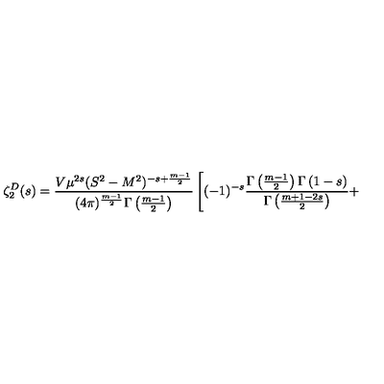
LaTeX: \zeta _ { 2 } ^ { D } ( s ) = \frac { V \mu ^ { 2 s } ( S ^ { 2 } - M ^ { 2 } ) ^ { - s + \frac { m - 1 } { 2 } } } { ( 4 \pi ) ^ { \frac { m - 1 } { 2 } } \Gamma \left( \frac { m - 1 } { 2 } \right) } \left[ ( - 1 ) ^ { - s } \frac { \Gamma \left( \frac { m - 1 } { 2 } \right) \Gamma \left( 1 - s \right) } { \Gamma \left( \frac { m + 1 - 2 s } { 2 } \right) } + \right.